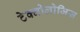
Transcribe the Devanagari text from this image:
टेक्नोलोजिस